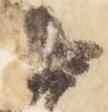
中